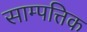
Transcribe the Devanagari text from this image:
साम्पत्तिक